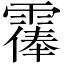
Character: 𩄴